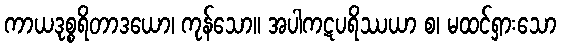
ကာယဒုစ္စရိတာဒယော၊ ကုန်သော။ အပါကဋပရိဿယာ စ၊ မထင်ရှားသော